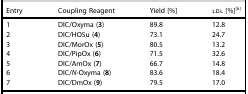
<table><thead><tr><td><b>Entry</b></td><td><b>Coupling Reagent</b></td><td><b>Yield [%]</b></td><td><b>ldl [%][b]</b></td></tr></thead><tbody><tr><td>1</td><td>DIC/Oxyma (<b>3</b>)</td><td>89.8</td><td>12.8</td></tr><tr><td>2</td><td>DIC/HOSu (<b>4</b>)</td><td>73.1</td><td>24.7</td></tr><tr><td>3</td><td>DIC/MorOx (<b>5</b>)</td><td>80.5</td><td>13.2</td></tr><tr><td>4</td><td>DIC/PipOx (<b>6</b>)</td><td>71.5</td><td>32.6</td></tr><tr><td>5</td><td>DIC/AmOx (<b>7</b>)</td><td>66.7</td><td>14.8</td></tr><tr><td>6</td><td>DIC/<i>N</i>-Oxyma (<b>8</b>)</td><td>83.6</td><td>18.4</td></tr><tr><td>7</td><td>DIC/DmOx (<b>9</b>)</td><td>79.5</td><td>17.0</td></tr></tbody></table>